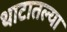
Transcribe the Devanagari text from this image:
थाटातल्या